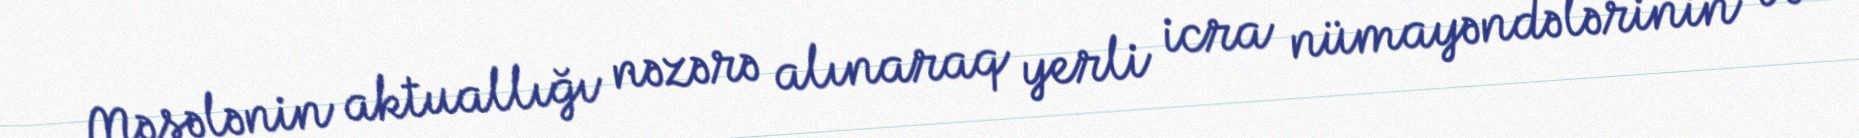
Məsələnin aktuallığı nəzərə alınaraq yerli icra nümayəndələrinin və